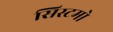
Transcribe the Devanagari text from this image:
सिस्टमो